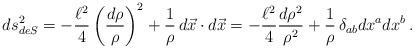
LaTeX: \begin{align*}ds^2_{deS} = -{\ell^2\over 4} \left({d\rho\over \rho}\right)^2 +{1\over \rho }\, d\vec x\cdot d\vec x = -{\ell^2\over 4} {d\rho^2\over \rho^2} + {1\over \rho}\,\delta_{ab} dx^a dx^b\,.\end{align*}